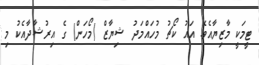
ޓީމަކީ މާޒިޔާއެވެ. އައު ކޯޗު މުހައްމަދު ޝިޔާޒް (މޯހަން) ގެ އިރުޝާދާއެކު މި